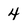
Character: 4